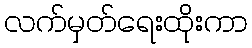
လက်မှတ်ရေးထိုးကာ